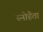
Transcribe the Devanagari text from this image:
स्नोहैता